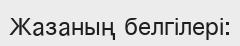
Жазаның белгілері: